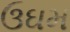
ઉઘમ